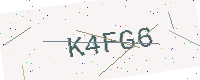
Text: K4FG6